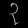
Digit: ၃